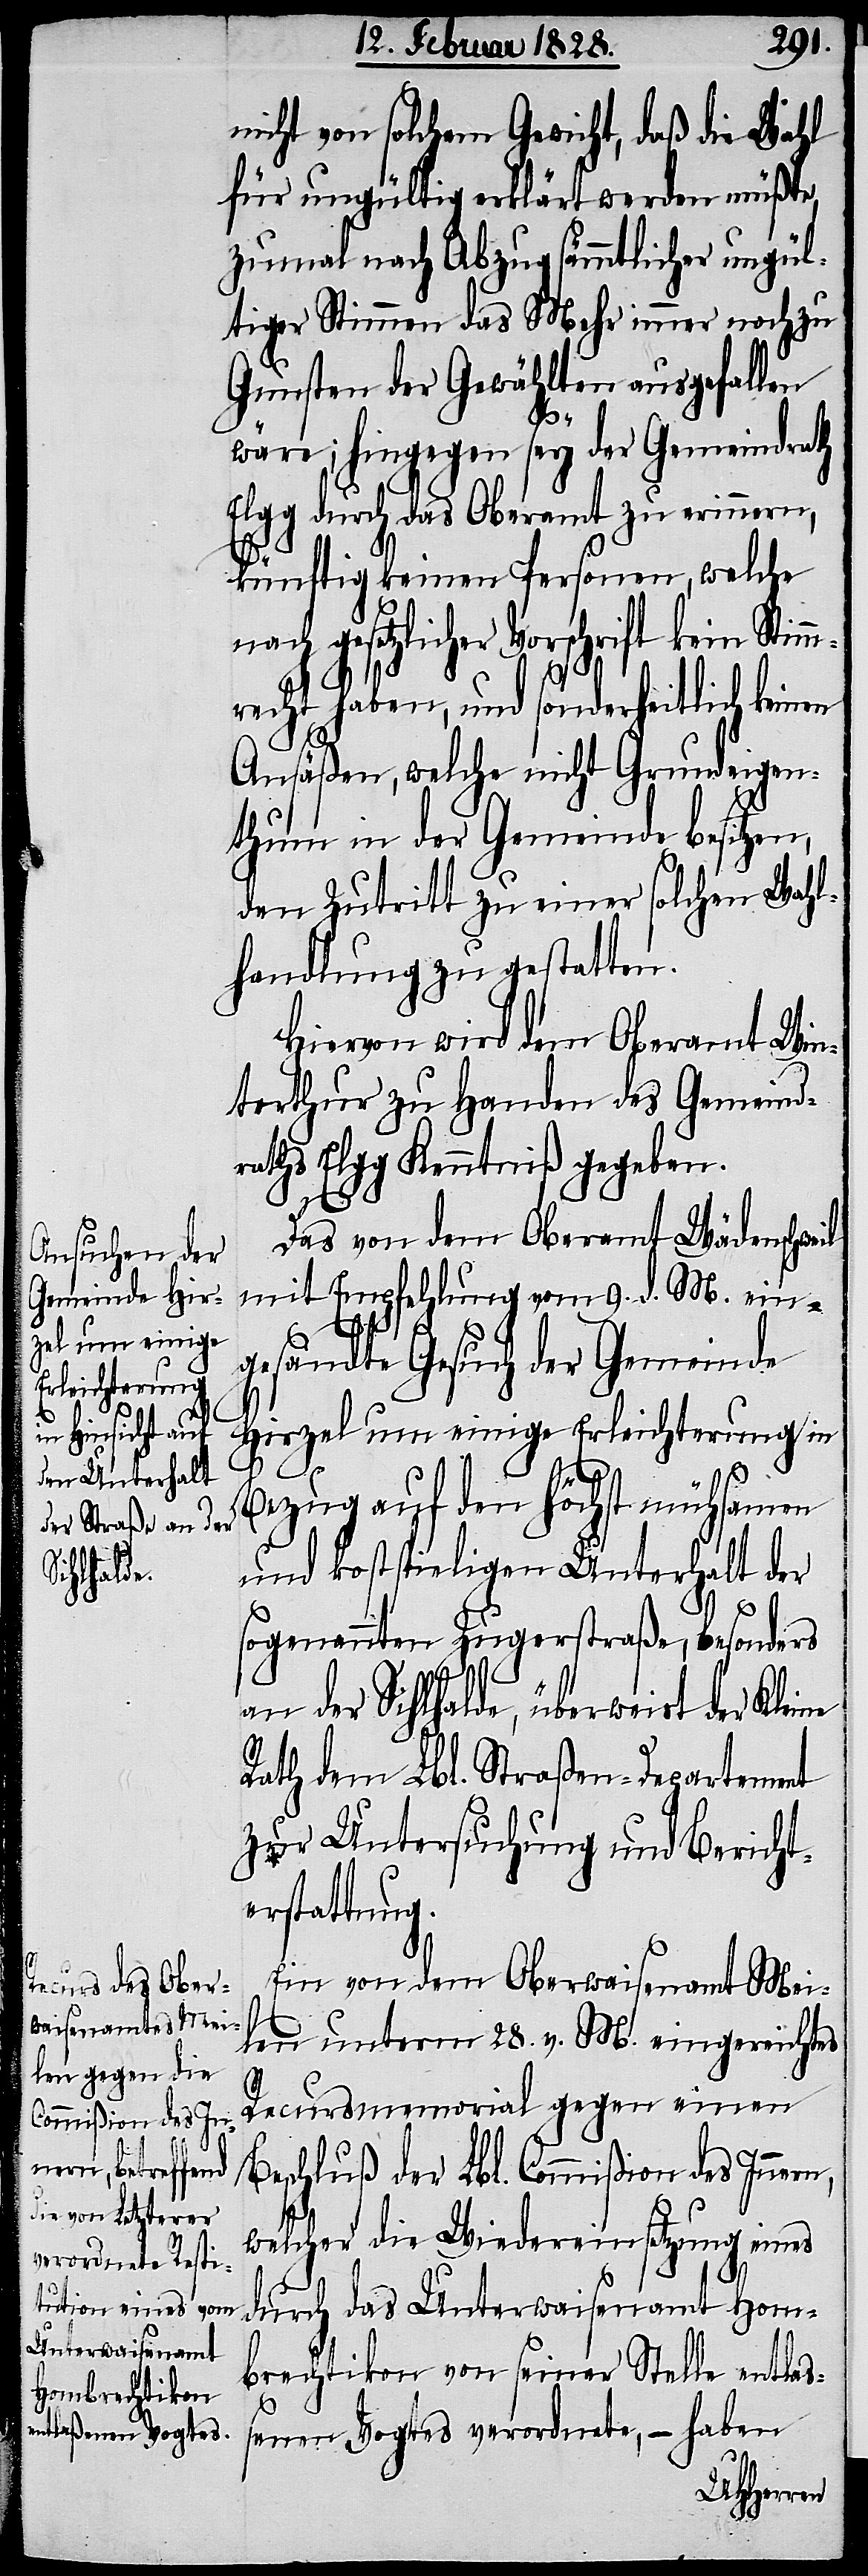
nicht von solchem Gewicht, daß die Wahl
für ungültig erklärt werden müßte,
zumal nach Abzug sämmtlicher ungül¬
tiger Stimmen das Mehr immer noch zu
Gunsten der Gewählten ausgefallen
wäre; hingegen sey der Gemeindrath
Elgg durch das Oberamt zu erinnern,
künftig keinen Personen, welche
gesetzlicher Vorschrift kein Stim¬
mrecht haben, und sonderheitlich keinen
Ansäßen, welche nicht Grundeigen¬
thum in der Gemeinde besitzen,
den Zutritt zu einer solchen Wahl¬
handlung zu gestatten.
Hiervon wird dem Oberamt Win¬
terthur zu Handen des Gemeind¬
raths Elgg Kenntniß gegeben.
n,
Das von dem Oberamt Wädenschweil
mit Empfehlung vom 9. d. M. ein¬
gesandte Gesuch der Gemeinde
Hirzel um einige Erleichterung in
Bezug auf den höchst mühsamen
und kostspieligen Unterhalt der
sogenannten Zugerstraße, besonders
an der Sihlhalde, überweist der Klei¬
Rath dem Lbl. Straßen-Departement
zur Untersuchung und Bericht¬
erstattung.
Ein von dem Oberwaisenamt Mei¬
len unterm 28. v. M. eingereichtes
Recursmemorial gegen einen
Beschluß der Lbl. Commißion des Inner¬
welcher die Wiedereinsetzung eines
durch das Unterwaisenamt Hom¬
brechtikon von seiner Stelle entlaß¬
enen Vogtes verordnete, – haben